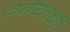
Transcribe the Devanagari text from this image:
गोयाची